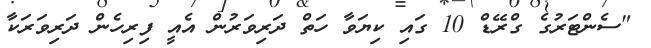
"ސެންޓަރުގެ ގްރޭޑް 10 ގައި ކިޔަވާ ހަތް ދަރިވަރުން އެއީ ފިރިހެން ދަރިވަރަކާ